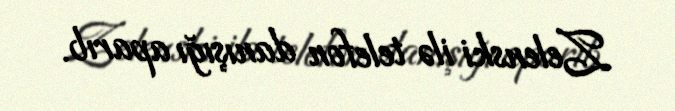
Zelenski ilə telefon danışığı aparıb.